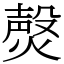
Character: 㷫